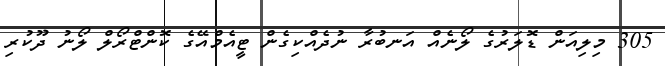
305 މިލިއަން ޑޮލަރުގެ ލޯނެއް އަނބުރާ ނުދެއްކިގެން ޓީއެމްއޭގެ ކޮންޓްރޯލް ލޯނު ދޫކުރި